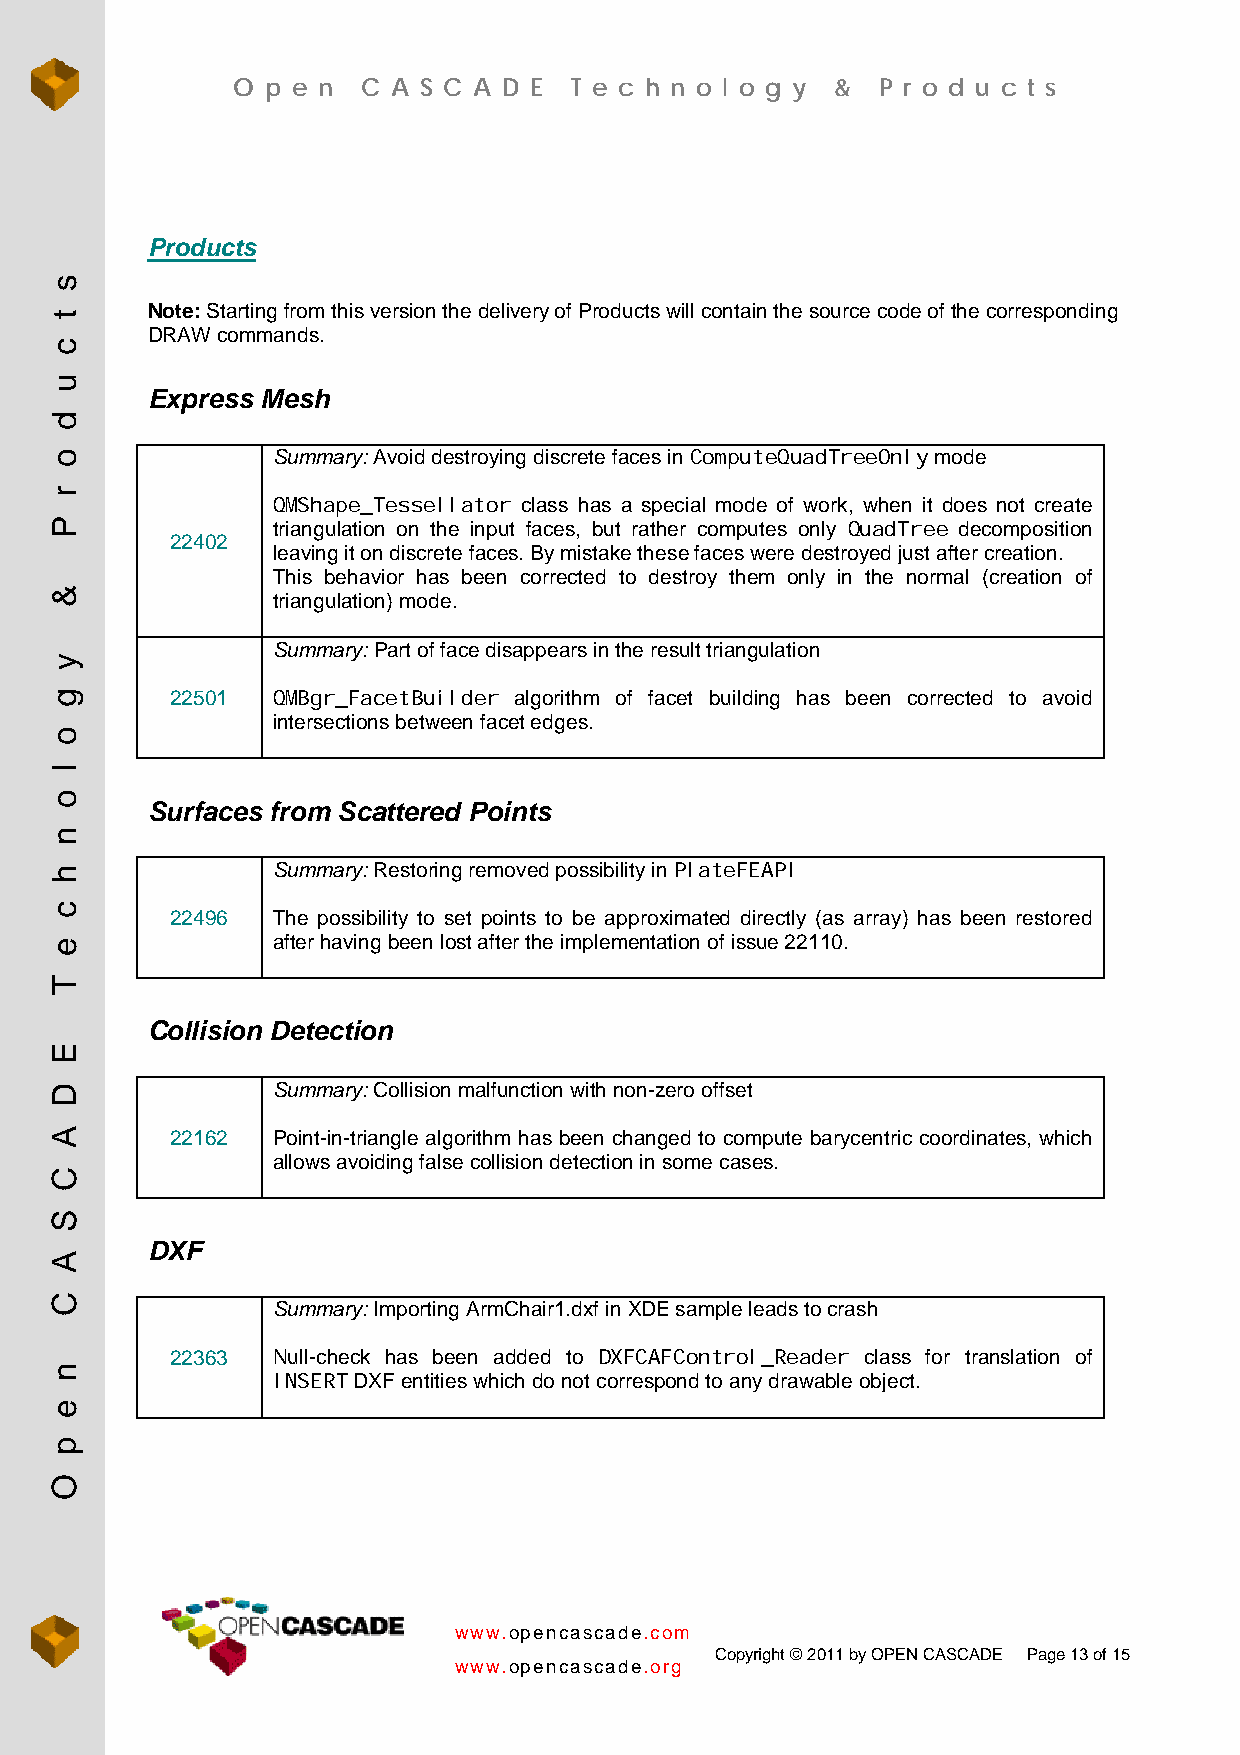
O  p e n C A S C A D E T e c h n o l o g y & P r o d u c t s
 Products
 Note: Starting from this version the delivery of Products will contain the source code of the corresponding
 DRAW commands.
 Express Mesh
 Summary: Avoid destroying discrete faces in ComputeQuadTreeOnly mode
 QMShape_Tessellator class has a special mode of work, when it does not create
 triangulation on the input faces, but rather computes only QuadTree decomposition
 22402
 leaving it on discrete faces. By mistake these faces were destroyed just after creation.
 This behavior has been corrected to destroy them only in the normal (creation of
 triangulation) mode.
 Summary: Part of face disappears in the result triangulation
 22501  QMBgr_FacetBuilder algorithm of facet building has been corrected to avoid
 intersections between facet edges.
 Surfaces from Scattered Points
 Summary: Restoring removed possibility in PlateFEAPI
 22496  The possibility to set points to be approximated directly (as array) has been restored
 after having been lost after the implementation of issue 22110.
 Collision Detection
 Summary: Collision malfunction with non-zero offset
 22162  Point-in-triangle algorithm has been changed to compute barycentric coordinates, which
 allows avoiding false collision detection in some cases.
 DXF
 Summary: Importing ArmChair1.dxf in XDE sample leads to crash
 22363  Null-check has been added to DXFCAFControl_Reader class for translation of
 INSERT DXF entities which do not correspond to any drawable object.
 www.opencascade.com
 Copyright © 2011 by OPEN CASCADE Page 13 of 15
 www.opencascade.org
 s
 t
 c
 u
 d
 o
 r
 P
 &
 y
 g
 o
 l
 o
 n
 h
 c
 e
 T
 E
 D
 A
 C
 S
 A
 C
 n
 e
 p
 O